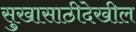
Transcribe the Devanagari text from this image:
सुखासाठीदेखील